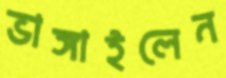
ভাঙ্গাইলেন